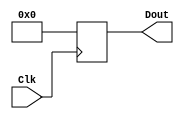
`timescale 1ns / 1ps

//////////////////////////////////////////////////////////////////////////////////
//
// Design Name: 
// Module Name:    REGISTER_0_32BIT 
// Project Name:   Digital_Hardware_Systems
//
// Description: 
//
//      This is the $R0. It always outputs 0 and can not be written.
//
// Dependencies: 
//
//////////////////////////////////////////////////////////////////////////////////

module REGISTER_0_32BIT(
    input Clk,              // CLOCK
    output reg [31:0] Dout  // Output bus
    );

    // Output 0 on every CLOCK state
    always @(posedge Clk) begin
        Dout = 0;
    end

endmodule